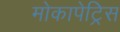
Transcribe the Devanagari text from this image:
मोकापेट्रिस